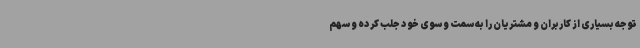
توجه بسیاری از کاربران و مشتریان را به سمت و سوی خود جلب کرده و سهم